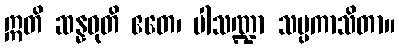
ဣတိ ဆန္နဝုတိ ဧတေ၊ ပါသဏ္ဍာ သမ္ပကာသိတာ။